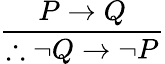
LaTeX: \frac{P\to Q}{\therefore\neg Q\to\neg P}